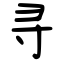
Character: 寻